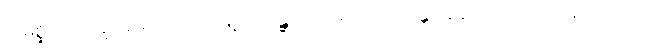
ထိုမစ္ဆိကာသဏ္ဍအမည်ရှိသောမြို့သို့။ ဂန္တွာ၊ သွား၍။ ဝိဟရန္တော၊ နေသည်ရှိသော်။ သေဋ္ဌိဿ၊